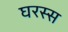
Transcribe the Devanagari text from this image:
घरस्स